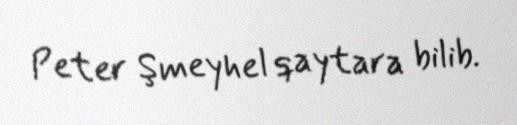
Peter Şmeyhel qaytara bilib.